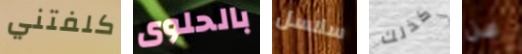
كلفتني بالحلوى سلاسل كذلك عن